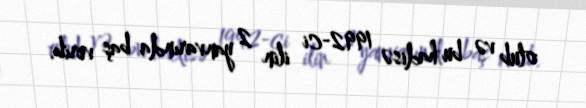
olub və bu hadisə 1992-ci ilin 2 yanvarında baş verib.